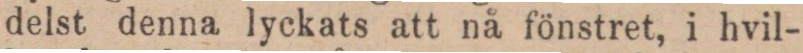
delst denna lyckats att nå fönstret, i hvil-